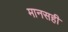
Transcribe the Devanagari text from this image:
मानसही